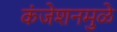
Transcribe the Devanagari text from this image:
कंजेशनमुळे